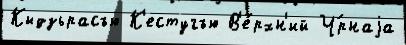
Кыдзьрасъю К'естугъю В'е́рхн'ий Ч́рнаjа